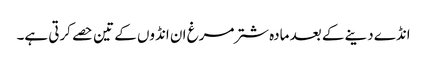
انڈے دینے کے بعد مادہ شترمرغ ان انڈوں کے تین حصے کرتی ہے۔